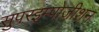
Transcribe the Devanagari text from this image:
सुपरइम्पोज़ीशन